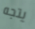
يتجه